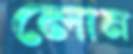
লোন